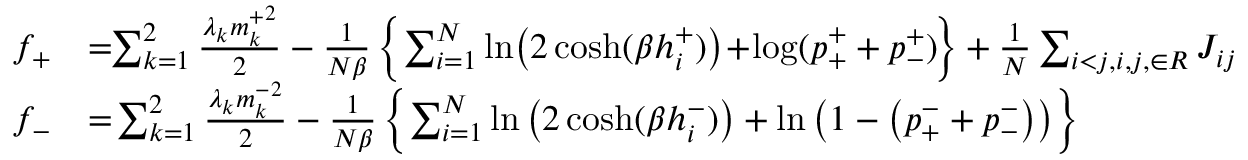
\begin{array} { r l } { f _ { + } } & { = \! \! \sum _ { k = 1 } ^ { 2 } \frac { \lambda _ { k } { m _ { k } ^ { + } } ^ { 2 } } { 2 } - \frac { 1 } { N \beta } \left\{ \sum _ { i = 1 } ^ { N } \ln \! \left( 2 \cosh ( \beta h _ { i } ^ { + } ) \right) \! + \! \log ( p _ { + } ^ { + } + p _ { - } ^ { + } ) \! \right\} + \frac { 1 } { N } \sum _ { i < j , i , j , \in { \cal R } } J _ { i j } } \\ { f _ { - } } & { = \! \sum _ { k = 1 } ^ { 2 } \frac { \lambda _ { k } { m _ { k } ^ { - } } ^ { 2 } } { 2 } - \frac { 1 } { N \beta } \left\{ \sum _ { i = 1 } ^ { N } \ln \left( 2 \cosh ( \beta h _ { i } ^ { - } ) \right) + \ln \left( 1 - \left( p _ { + } ^ { - } + p _ { - } ^ { - } \right) \right) \right\} } \end{array}